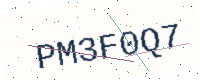
Text: PM3F0Q7